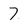
Character: 7